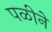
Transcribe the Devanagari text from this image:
पळीने